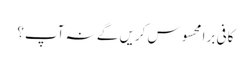
کافی برا محسوس کریں گے نہ آپ؟